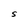
Character: S